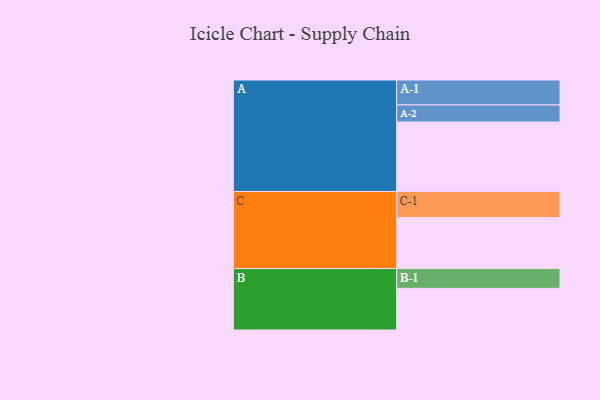
{"axis": {"x": "Segment", "y": "Value"}, "legend": ["", "A", "B", "C"], "data": [{"x": "A", "y": 590, "type": ""}, {"x": "B", "y": 354, "type": ""}, {"x": "C", "y": 433, "type": ""}, {"x": "A-1", "y": 212, "type": "A"}, {"x": "A-2", "y": 145, "type": "A"}, {"x": "B-1", "y": 168, "type": "B"}, {"x": "C-1", "y": 222, "type": "C"}]}